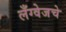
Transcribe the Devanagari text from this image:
लँग्वेजचे